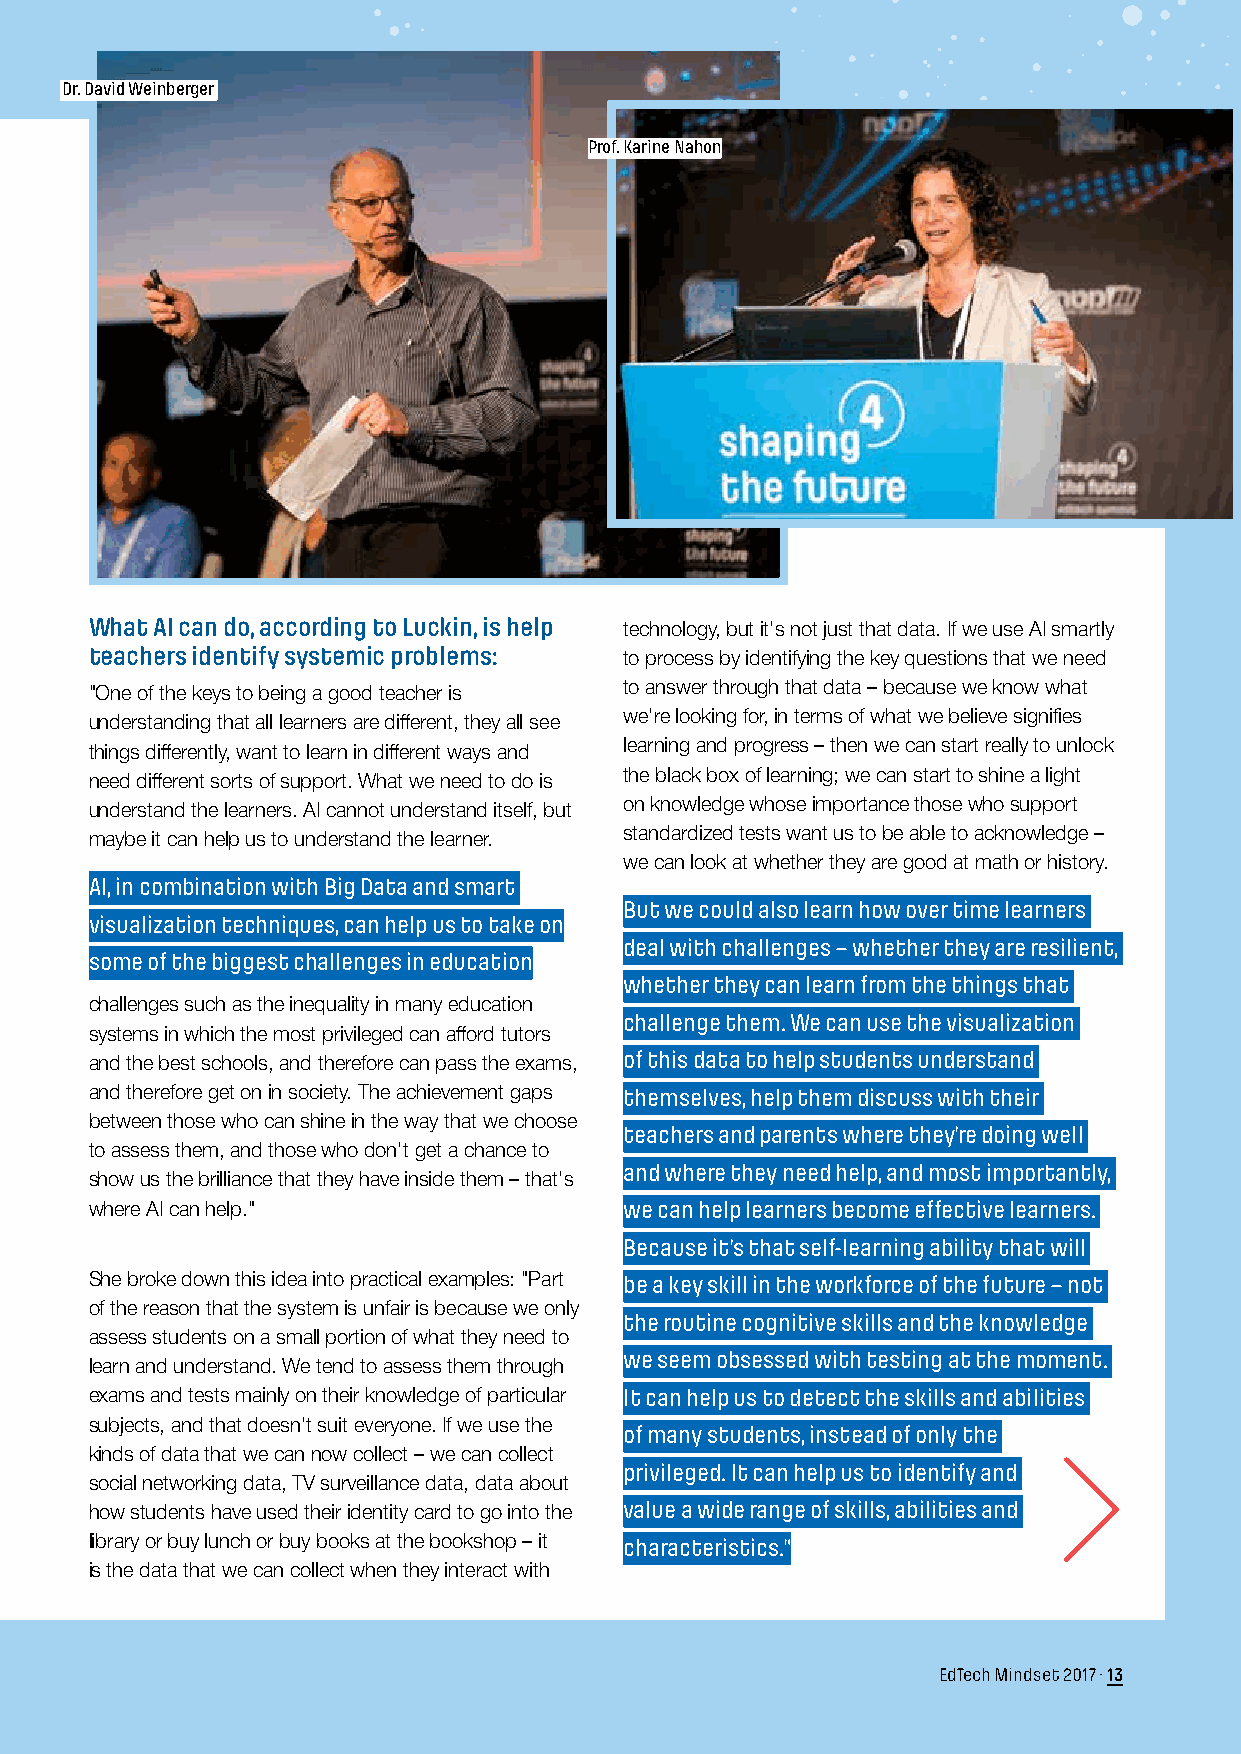
Dr. David Weinberger
 Prof. Karine Nahon
 What AI can do, according to Luckin, is help
 technology, but it's not just that data. If we use AI smartly
 teachers identify systemic problems:
 to process by identifying the key questions that we need
 "One of the keys to being a good teacher is to answer through that data – because we know what
 understanding that all learners are different, they all see we're looking for, in terms of what we believe signifies
 things differently, want to learn in different ways and learning and progress – then we can start really to unlock
 need different sorts of support. What we need to do is the black box of learning; we can start to shine a light
 understand the learners. AI cannot understand itself, but on knowledge whose importance those who support
 maybe it can help us to understand the learner. standardized tests want us to be able to acknowledge –
 we can look at whether they are good at math or history.
 AI, in combination with Big Data and smart
 But we could also learn how over time learners
 visualization techniques, can help us to take on
 deal with challenges – whether they are resilient,
 some of the biggest challenges in education
 whether they can learn from the things that
 challenges such as the inequality in many education
 challenge them. We can use the visualization
 systems in which the most privileged can afford tutors
 and the best schools, and therefore can pass the exams, of this data to help students understand
 and therefore get on in society. The achievement gaps themselves, help them discuss with their
 between those who can shine in the way that we choose
 teachers and parents where they're doing well
 to assess them, and those who don't get a chance to
 and where they need help, and most importantly,
 show us the brilliance that they have inside them – that's
 where AI can help."                we can help learners become effective learners.
 Because it's that self-learning ability that will
 She broke down this idea into practical examples: "Part be a key skill in the workforce of the future – not
 of the reason that the system is unfair is because we only
 the routine cognitive skills and the knowledge
 assess students on a small portion of what they need to
 we seem obsessed with testing at the moment.
 learn and understand. We tend to assess them through
 exams and tests mainly on their knowledge of particular It can help us to detect the skills and abilities
 subjects, and that doesn't suit everyone. If we use the
 of many students, instead of only the
 kinds of data that we can now collect – we can collect
 privileged. It can help us to identify and
 social networking data, TV surveillance data, data about
 how students have used their identity card to go into the value a wide range of skills, abilities and
 library or buy lunch or buy books at the bookshop – it characteristics."
 is the data that we can collect when they interact with
 EdTech Mindset 2017 · 13